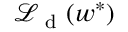
\mathcal { L } _ { \mathrm { ~ d ~ } } ( w ^ { * } )